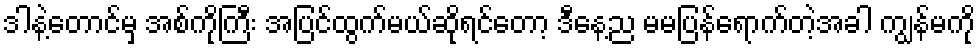
ဒါနဲ့တောင်မှ အစ်ကိုကြီး အပြင်ထွက်မယ်ဆိုရင်တော့ ဒီနေ့ည မမပြန်ရောက်တဲ့အခါ ကျွန်မကို